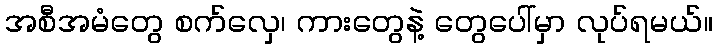
အစီအမံတွေ စက်လှေ၊ ကားတွေနဲ့ တွေပေါ်မှာ လုပ်ရမယ်။